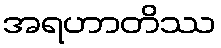
အရဟာတိဿ